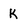
Character: K